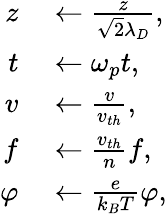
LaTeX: \begin{array}{rl}{z}&{{}\leftarrow\frac{z}{\sqrt{2}\lambda_{D}},}\\ {t}&{{}\leftarrow\omega_{p}t,}\\ {v}&{{}\leftarrow\frac{v}{v_{th}},}\\ {f}&{{}\leftarrow\frac{v_{th}}{n}f,}\\ {\varphi}&{{}\leftarrow\frac{e}{k_{B}T}\varphi,}\end{array}